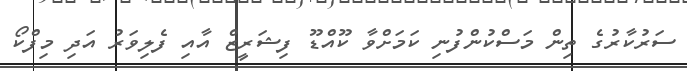
ސަރުކާރުގެ ތިން މަސްކުންފުނި ކަމަށްވާ ކޫއްޑޫ ފިޝަަރީޒް އާއި ފެލިވަރު އަދި މިފްކޯ